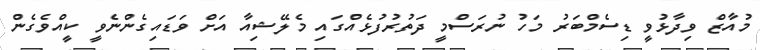
މުއާޒް ވިދާޅުވީ ޑިސެމްބަރު މަހު ނުރަސްމީ ދަތުރުފުޅެއްގައި މެލޭޝިއާ އަށް ވަޑައިގެންނެވީ ކީއްވެގެން